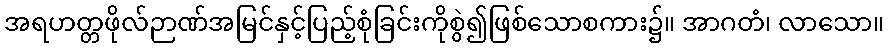
အရဟတ္တဖိုလ်ဉာဏ်အမြင်နှင့်ပြည့်စုံခြင်းကိုစွဲ၍ဖြစ်သောစကား၌။ အာဂတံ၊ လာသော။